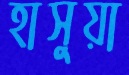
হাসুয়া